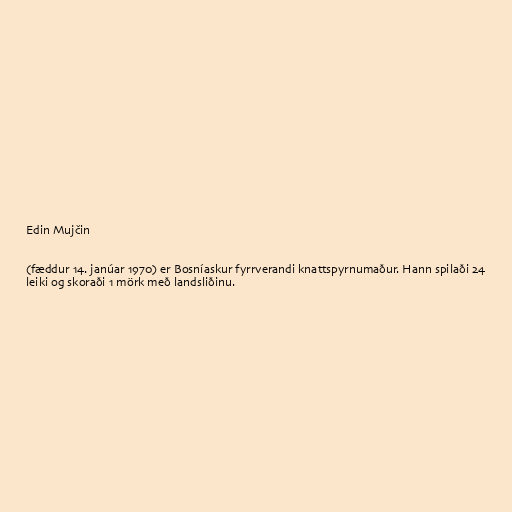
Edin Mujčin

(fæddur 14. janúar 1970) er Bosníaskur fyrrverandi knattspyrnumaður. Hann spilaði 24
leiki og skoraði 1 mörk með landsliðinu.